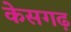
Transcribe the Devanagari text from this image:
केसगढ़